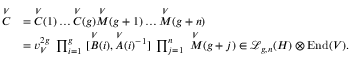
\begin{array} { r l } { \overset { V } { C } } & { = \overset { V } { C } ( 1 ) \ldots \overset { V } { C } ( g ) \overset { V } { M } ( g + 1 ) \ldots \overset { V } { M } ( g + n ) } \\ & { = v _ { V } ^ { 2 g } \ \prod _ { i = 1 } ^ { g } \ [ \overset { V } { B } ( i ) , \overset { V } { A } ( i ) { ^ { - 1 } } ] \ \prod _ { j = 1 } ^ { n } \ \overset { V } { M } ( g + j ) \in \mathcal { L } _ { g , n } ( H ) \otimes \mathrm { E n d } ( V ) . } \end{array}